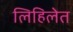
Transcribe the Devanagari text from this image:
लिहिलेत